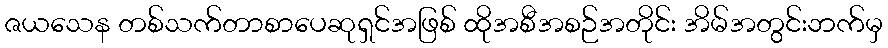
ဇယသေန တစ်သက်တာစာပေဆုရှင်အဖြစ် ထိုအစီအစဉ်အတိုင်း အိမ်အတွင်းဘက်မှ